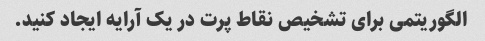
الگوریتمی برای تشخیص نقاط پرت در یک آرایه ایجاد کنید.